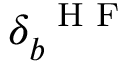
\delta _ { b } ^ { \mathrm { ~ \scriptsize ~ H ~ F ~ } }